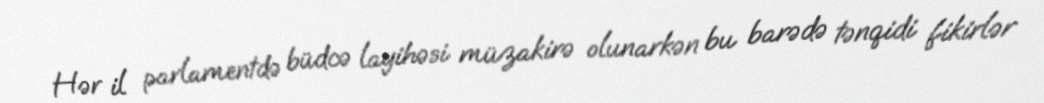
Hər il parlamentdə büdcə layihəsi müzakirə olunarkən bu barədə tənqidi fikirlər